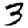
Digit: 3